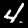
Label: 4